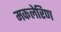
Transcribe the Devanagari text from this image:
मकलेरिण